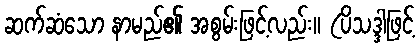
ဆက်ဆံသော နာမည်၏ အစွမ်းဖြင့်လည်း။ (ပိသဒ္ဒါဖြင့်